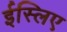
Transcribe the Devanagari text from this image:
ईस्लिए